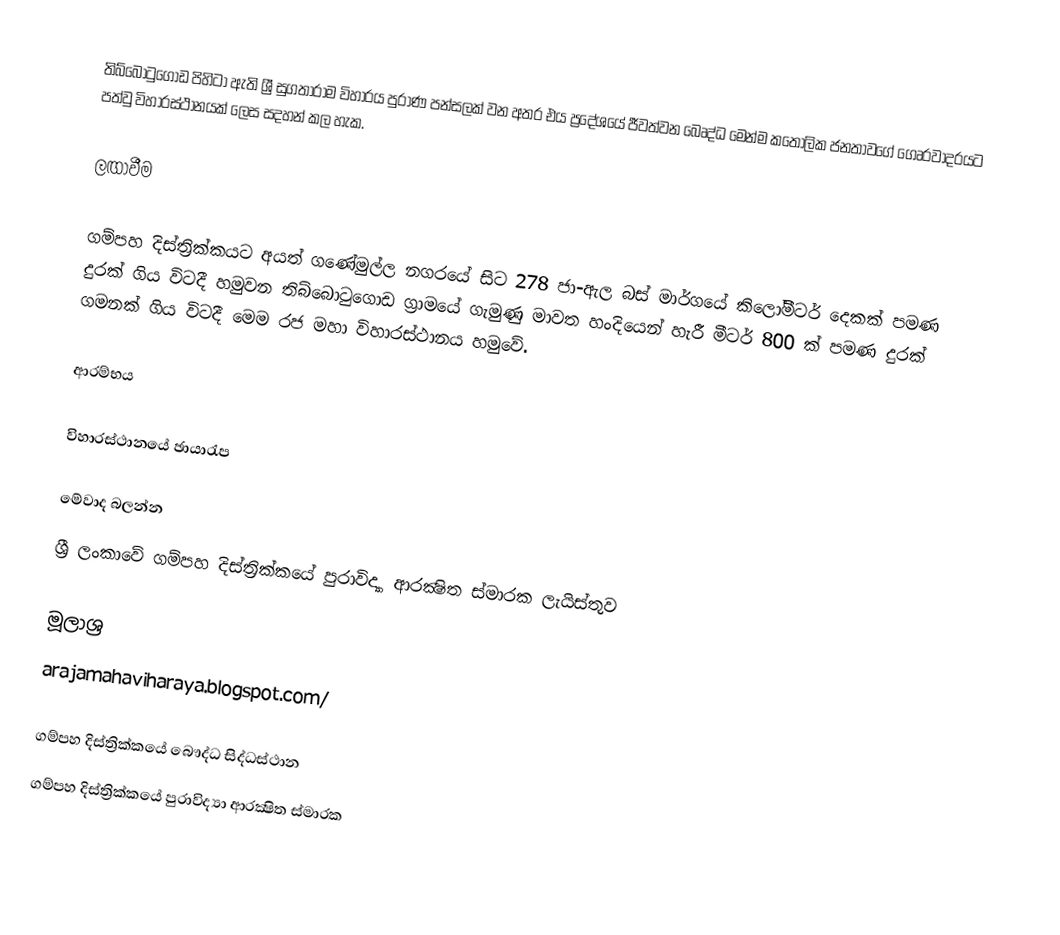
තිබ්බොටුගොඩ පිහිටා ඇති ශ්‍රී සුගතාරාම විහාරය පුරාණ පන්සලක් වන අතර එය ප්‍රදේශයේ ජීවත්වන බෙෘද්ධ මෙන්ම කතෝලික ජනතාවගේ ගෙෘරවාදරයට පත්වු විහාරස්ථානයක් ලෙස සදහන් කල හැක.

ලඟාවීම

ගම්පහ දිස්ත්‍රික්කයට අයත් ගණේමුල්ල නගරයේ සිට  278 ජා-ඇල බස් මාර්ගයේ කිලෝමීටර් දෙකක් පමණ දුරක් ගිය විටදී හමුවන තිබ්බොටුගොඩ ග්‍රාමයේ ගැමුණු මාවත හංදියෙන් හැරී මීටර් 800 ක් පමණ දුරක් ගමනක් ගිය විටදී මෙම රජ මහා විහාරස්ථානය හමුවේ.

ආරම්භය

විහාරස්ථානයේ ඡායාරැප

මේවාද බලන්න
ශ්‍රී ලංකාවේ ගම්පහ දිස්ත්‍රික්කයේ පුරාවිද්‍යා ආරක්‍ෂිත ස්මාරක ලැයිස්තුව

මූලාශ්‍ර
arajamahaviharaya.blogspot.com/

ගම්පහ දිස්ත්‍රික්කයේ බෞද්ධ සිද්ධස්ථාන‎
ගම්පහ දිස්ත්‍රික්කයේ පුරාවිද්‍යා ආරක්‍ෂිත ස්මාරක‎